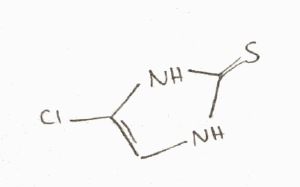
Simplified molecular-input line-entry system (SMILES) notation of the given molecule:
C1=C(NC(=S)N1)Cl